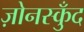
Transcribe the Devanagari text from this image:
ज़ोनस्कुँद